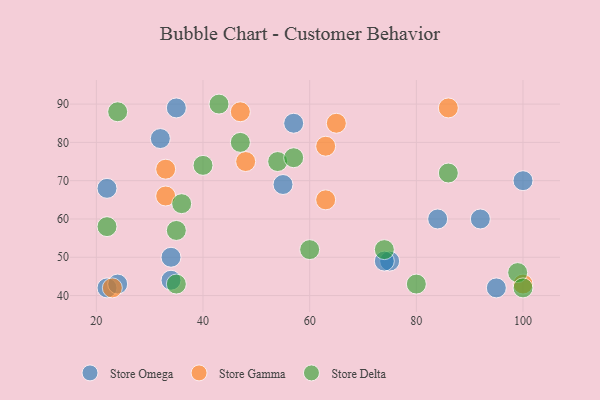
{"axis": {"x": "GDP", "y": "Life Expectancy"}, "legend": ["Store Delta", "Store Gamma", "Store Omega"], "data": [{"x": "22", "y": 42, "type": "Store Omega"}, {"x": "32", "y": 81, "type": "Store Omega"}, {"x": "24", "y": 43, "type": "Store Omega"}, {"x": "34", "y": 44, "type": "Store Omega"}, {"x": "92", "y": 60, "type": "Store Omega"}, {"x": "55", "y": 69, "type": "Store Omega"}, {"x": "34", "y": 50, "type": "Store Omega"}, {"x": "95", "y": 42, "type": "Store Omega"}, {"x": "22", "y": 68, "type": "Store Omega"}, {"x": "75", "y": 49, "type": "Store Omega"}, {"x": "74", "y": 49, "type": "Store Omega"}, {"x": "84", "y": 60, "type": "Store Omega"}, {"x": "100", "y": 70, "type": "Store Omega"}, {"x": "35", "y": 89, "type": "Store Omega"}, {"x": "57", "y": 85, "type": "Store Omega"}, {"x": "65", "y": 85, "type": "Store Gamma"}, {"x": "48", "y": 75, "type": "Store Gamma"}, {"x": "63", "y": 79, "type": "Store Gamma"}, {"x": "33", "y": 66, "type": "Store Gamma"}, {"x": "33", "y": 73, "type": "Store Gamma"}, {"x": "47", "y": 88, "type": "Store Gamma"}, {"x": "100", "y": 43, "type": "Store Gamma"}, {"x": "86", "y": 89, "type": "Store Gamma"}, {"x": "23", "y": 42, "type": "Store Gamma"}, {"x": "63", "y": 65, "type": "Store Gamma"}, {"x": "80", "y": 43, "type": "Store Delta"}, {"x": "74", "y": 52, "type": "Store Delta"}, {"x": "40", "y": 74, "type": "Store Delta"}, {"x": "43", "y": 90, "type": "Store Delta"}, {"x": "47", "y": 80, "type": "Store Delta"}, {"x": "86", "y": 72, "type": "Store Delta"}, {"x": "35", "y": 57, "type": "Store Delta"}, {"x": "35", "y": 43, "type": "Store Delta"}, {"x": "54", "y": 75, "type": "Store Delta"}, {"x": "24", "y": 88, "type": "Store Delta"}, {"x": "57", "y": 76, "type": "Store Delta"}, {"x": "22", "y": 58, "type": "Store Delta"}, {"x": "99", "y": 46, "type": "Store Delta"}, {"x": "100", "y": 42, "type": "Store Delta"}, {"x": "60", "y": 52, "type": "Store Delta"}, {"x": "36", "y": 64, "type": "Store Delta"}]}